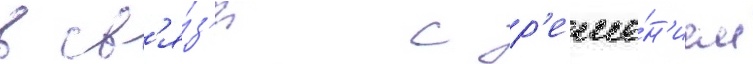
в св'я́з'и с р'еше́н'ием